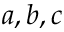
a , b , c